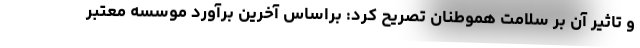
و تاثیر آن بر سلامت هموطنان تصریح کرد: براساس آخرین برآورد موسسه معتبر